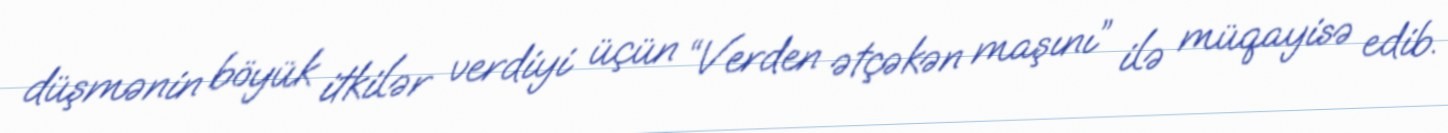
düşmənin böyük itkilər verdiyi üçün “Verden ətçəkən maşını” ilə müqayisə edib.